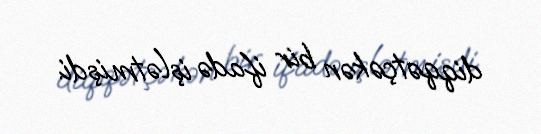
diqqətçəkən bir ifadə işlətmişdi.